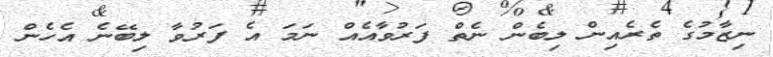
ނިޒާމުގެ ތެރެއިން ލިބެން ނެތް ފަރުވާއެއް ނަމަ އެ ފަރުވާ ލިބޭނެ އެހެން